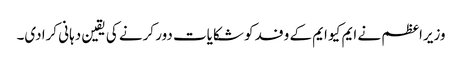
وزیراعظم نے ایم کیو ایم کے وفد کو شکایات دور کرنے کی یقین دہانی کرادی۔